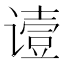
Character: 𬤞